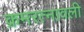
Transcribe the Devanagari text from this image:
क्रमरत्नावली